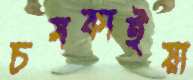
চমকাইয়া